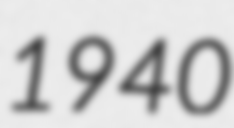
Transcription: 1940